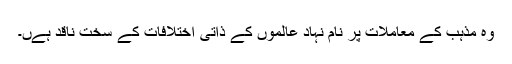
وہ مذہب کے معاملات پر نام نہاد عالموں کے ذاتی اختلافات کے سخت ناقد ہےں۔